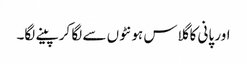
اور پانی کا گلاس ہونٹوں سے لگا کر پینے لگا۔